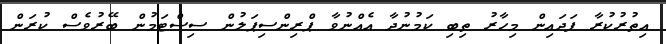
އިތުރުކުރާ ފަދައިން މިހާރު ތިބި ކަމުނުދާ އެއްނުވާ ޕްރިންސިޕަލުން ސިސްޓަމުން ބޭރުވެސް ކުރަން